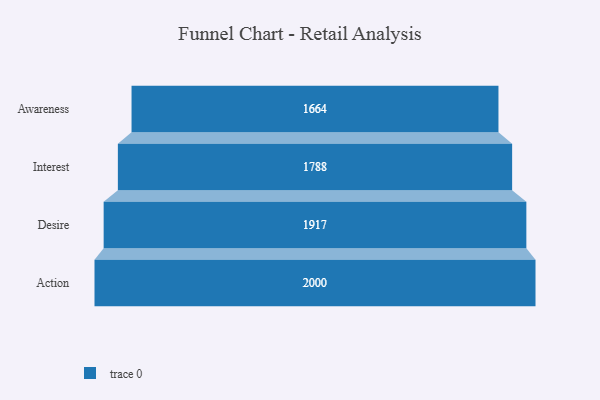
{"axis": {"x": "Stage", "y": "Value"}, "legend": [""], "data": [{"x": "Awareness", "y": 1664.0, "type": ""}, {"x": "Interest", "y": 1788.0, "type": ""}, {"x": "Desire", "y": 1917.0, "type": ""}, {"x": "Action", "y": 2000, "type": ""}]}